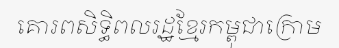
គោរពសិទ្ធិពលរដ្ឋខ្មែរកម្ពុជាក្រោម